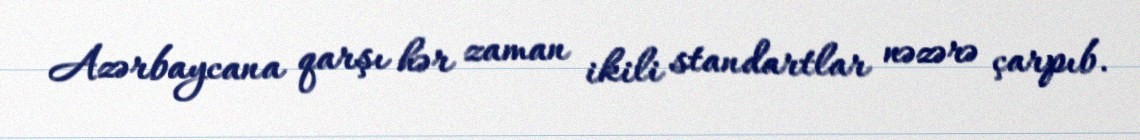
Azərbaycana qarşı hər zaman ikili standartlar nəzərə çarpıb.